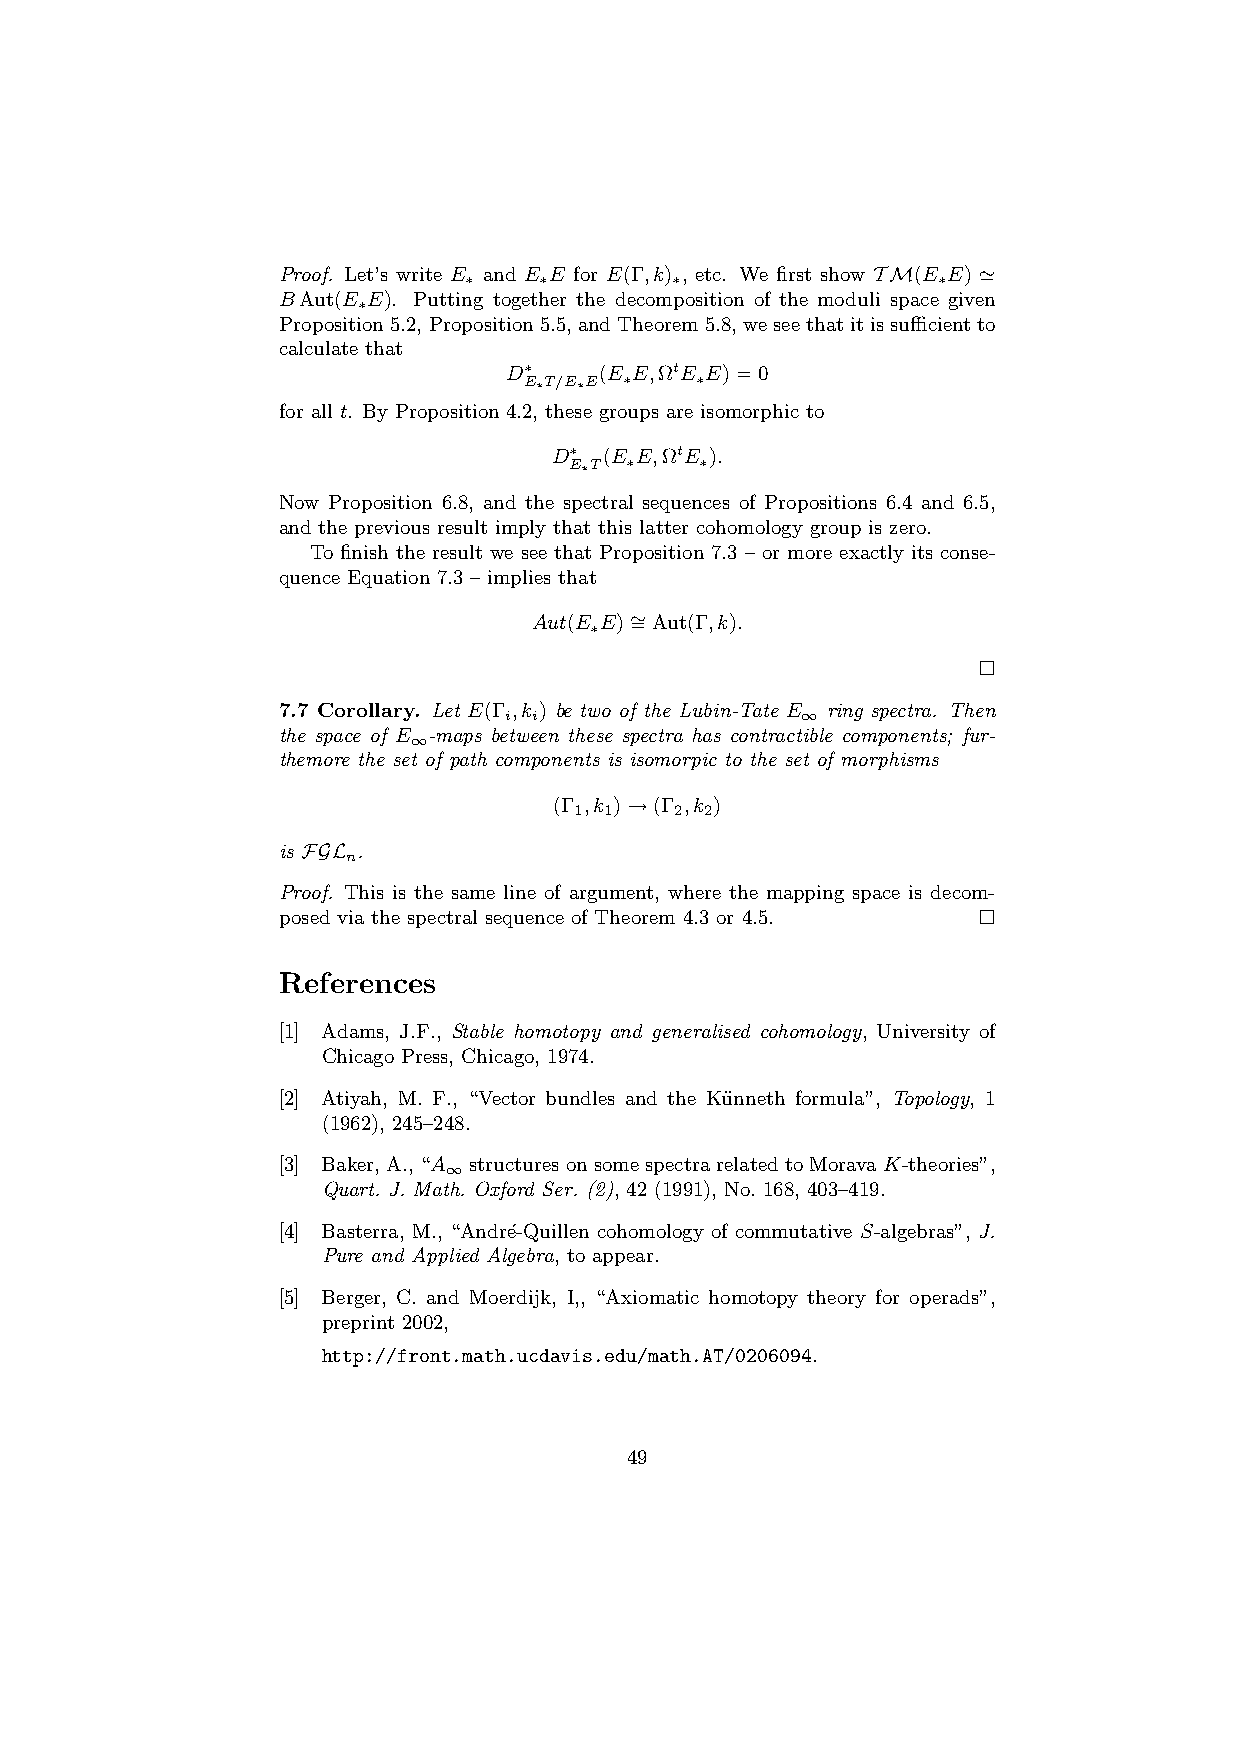
Proof. Let’s write E and E E for E(Γ,k) , etc. We first show TM(E E) ’
 ∗    ∗       ∗                 ∗
 BAut(E E). Putting together the decomposition of the moduli space given
 ∗
 Proposition5.2, Proposition5.5, andTheorem5.8, weseethatitissufficientto
 calculate that
 D∗     (E E,ΩtE E)=0
 E∗T/E∗E ∗  ∗
 for all t. By Proposition 4.2, these groups are isomorphic to
 D∗ (E E,ΩtE ).
 E∗T ∗   ∗
 Now Proposition 6.8, and the spectral sequences of Propositions 6.4 and 6.5,
 and the previous result imply that this latter cohomology group is zero.
 To finish the result we see that Proposition 7.3 – or more exactly its conse-
 quence Equation 7.3 – implies that
 Aut(E E)∼ =Aut(Γ,k).
 ∗
 7.7 Corollary. Let E(Γ ,k ) be two of the Lubin-Tate E ring spectra. Then
 i i                 ∞
 the space of E -maps between these spectra has contractible components; fur-
 ∞
 themore the set of path components is isomorpic to the set of morphisms
 (Γ ,k )→(Γ ,k )
 1 1    2 2
 is FGL .
 n
 Proof. This is the same line of argument, where the mapping space is decom-
 posed via the spectral sequence of Theorem 4.3 or 4.5.
 References
 [1] Adams, J.F., Stable homotopy and generalised cohomology, University of
 Chicago Press, Chicago, 1974.
 [2] Atiyah, M. F., “Vector bundles and the Ku¨nneth formula”, Topology, 1
 (1962), 245–248.
 [3] Baker,A.,“A structuresonsomespectrarelatedtoMoravaK-theories”,
 ∞
 Quart. J. Math. Oxford Ser. (2), 42 (1991), No. 168, 403–419.
 [4] Basterra, M., “Andr´e-Quillen cohomology of commutative S-algebras”, J.
 Pure and Applied Algebra, to appear.
 [5] Berger, C. and Moerdijk, I,, “Axiomatic homotopy theory for operads”,
 preprint 2002,
 http://front.math.ucdavis.edu/math.AT/0206094.
 49